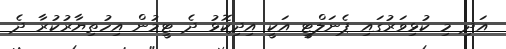
އަދި މި ކުޅިވަރުގައި ޕެނަލްޓީ އަކީ އިދިކޮޅު ދެ ޓީމުން އިހުތިޔާރުކުރާ ދެ